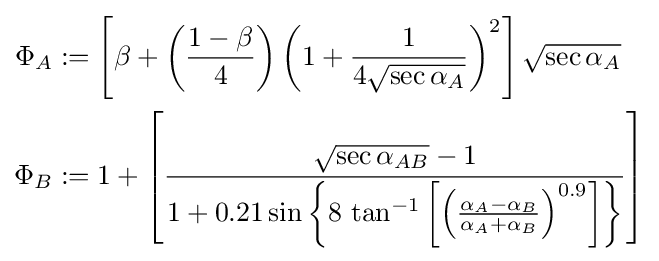
{\begin{aligned}\Phi _{A}&:=\left[\beta +\left({\frac {1-\beta }{4}}\right)\left(1+{\frac {1}{4{\sqrt {\sec \alpha _{A}}}}}\right)^{2}\right]{\sqrt {\sec \alpha _{A}}}\\\Phi _{B}&:=1+\left[{\frac {{\sqrt {\sec \alpha _{AB}}}-1}{1+0.21\sin \left\{8\,\tan ^{-1}\left[\left({\frac {\alpha _{A}-\alpha _{B}}{\alpha _{A}+\alpha _{B}}}\right)^{0.9}\right]\right\}}}\right]\end{aligned}}